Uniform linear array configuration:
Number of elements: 24
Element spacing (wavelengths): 0.5
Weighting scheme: uniform
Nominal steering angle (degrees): -30
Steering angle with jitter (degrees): -31.027
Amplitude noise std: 0.05
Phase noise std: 0.05

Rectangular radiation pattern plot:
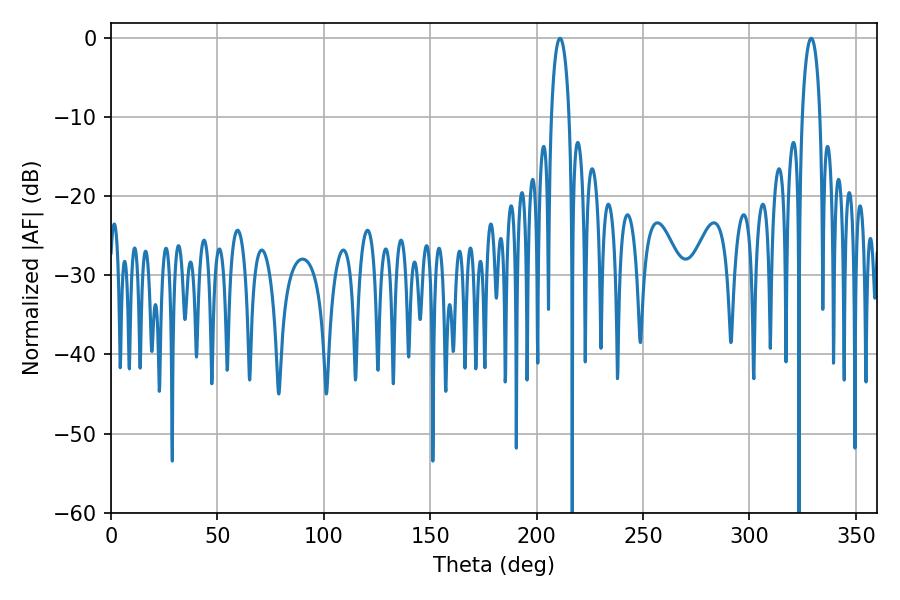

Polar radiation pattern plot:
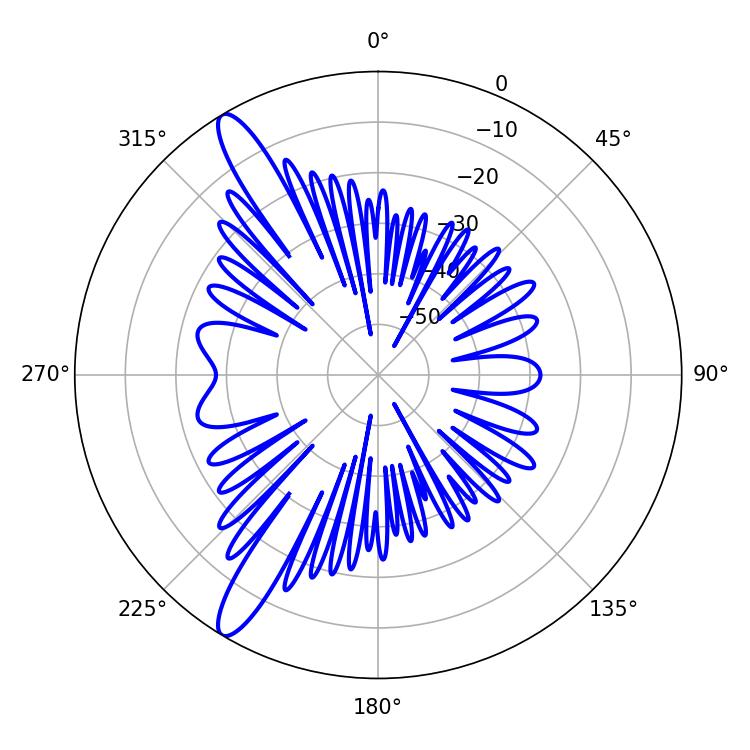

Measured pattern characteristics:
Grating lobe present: FALSE
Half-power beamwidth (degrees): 4.86
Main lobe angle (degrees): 210.96